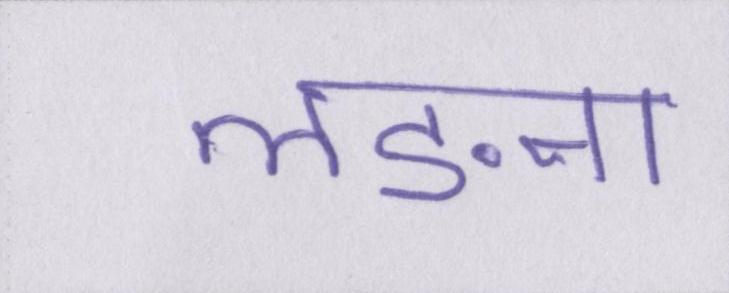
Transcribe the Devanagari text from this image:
लङना